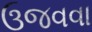
ઉજવવા